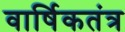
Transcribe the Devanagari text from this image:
वार्षिकतंत्र